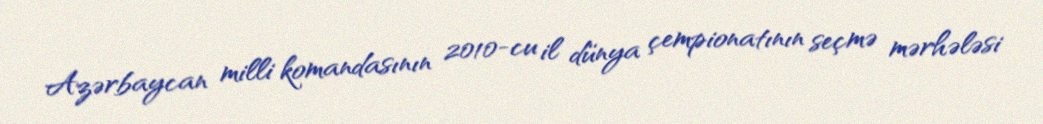
Azərbaycan milli komandasının 2010-cu il dünya çempionatının seçmə mərhələsi